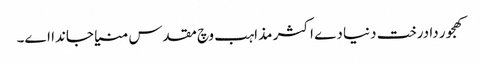
کھجور دا درخت دنیا دے اکثر مذاہب وچ مقدس منیا جاندا ا‏‏ے۔